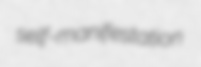
self-manifestation